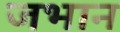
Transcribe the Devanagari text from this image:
जभान